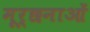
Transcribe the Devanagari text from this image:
मूर्छनाओं